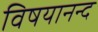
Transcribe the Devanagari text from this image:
विषयानन्द